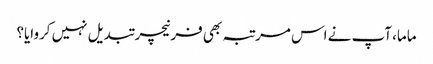
ماما، آپ نے اس مرتبہ بھی فرنیچر تبدیل نہیں کروایا؟